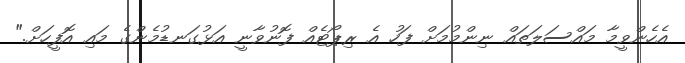
އެހެންވީމާ މައްސަލަތައް ނިންމުމަށް ފަހު އެ ރިޕޯޓެއް ފޮނުވާނީ އަޅުގަނޑުމެންގެ މައި އޮފީހަށް."